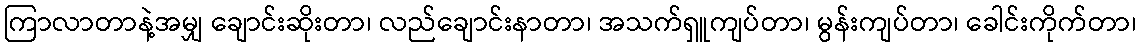
ကြာလာတာနဲ့အမျှ ချောင်းဆိုးတာ၊ လည်ချောင်းနာတာ၊ အသက်ရှူကျပ်တာ၊ မွန်းကျပ်တာ၊ ခေါင်းကိုက်တာ၊